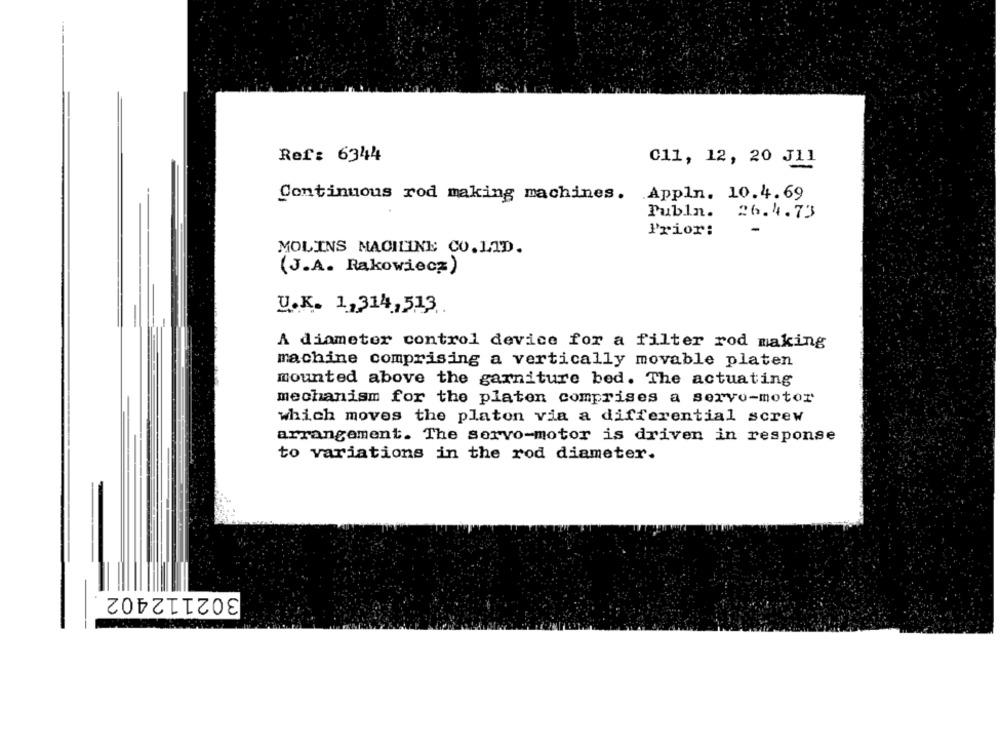
Ref: 6344
C11, 12, 20 J11
Continuous rod making machines. Appln. 10.4.69
Publn.
26.4.73
Prior:
MOLINS MACHINE CO.LTD.
(J.A. Rakowiecz)
U.K. 1,314,513
A diameter control device for a filter rod making
machine comprising a vertically movable platen
mounted above the garniture bed. The actuating
mechanism for the platen comprises a servo-motor
which moves the platon via a differential screw
arrangement. The servo-motor is driven in response
to variations in the rod diameter.
302112402